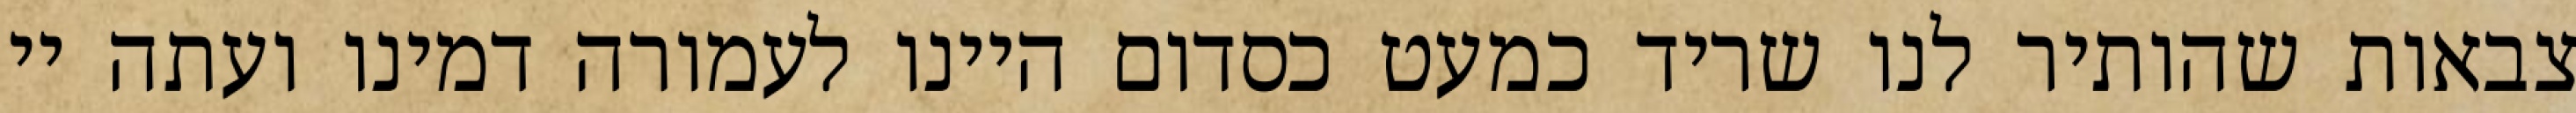
צבאות שהותיר לנו שריד כמעט כסדום היינו לעמורה דמינו ועתה יי